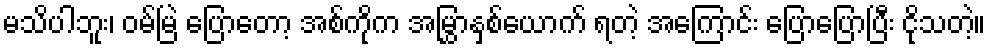
မသိပါဘူး၊ ဝမ်မြဲ ပြောတော့ အစ်ကိုက အမြွှာနှစ်ယောက် ရတဲ့ အကြောင်း ပြောပြောပြီး ငိုသတဲ့။